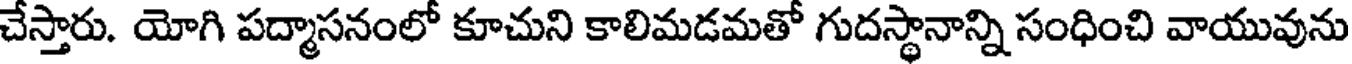
చేస్తారు. యోగి పద్మాసనంలో కూచుని కాలిమడమతో గుదస్థానాన్ని సంధించి వాయువును